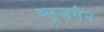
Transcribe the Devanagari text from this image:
ब्लूज़मैन